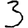
Digit: 3